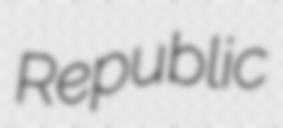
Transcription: Republic